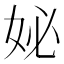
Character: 妼